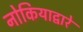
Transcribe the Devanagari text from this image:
नोकियाद्वारे